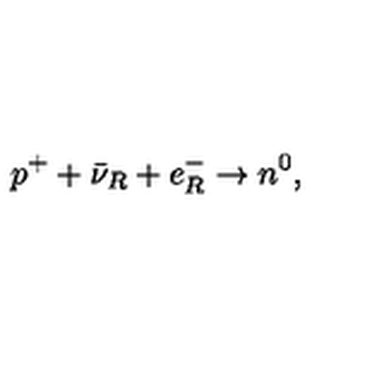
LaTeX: p ^ { + } + \bar { \nu } _ { R } + e _ { R } ^ { - } \to n ^ { 0 } ,